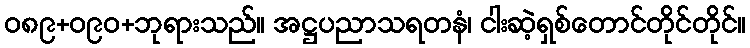
၀၈၉+၀၉၀+ဘုရားသည်။ အဋ္ဌပညာသရတနံ၊ ငါးဆဲ့ရှစ်တောင်တိုင်တိုင်။